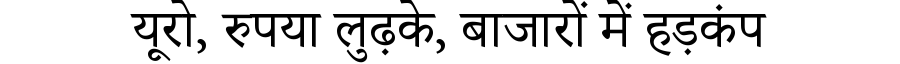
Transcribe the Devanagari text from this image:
यूरो, रुपया लुढ़के, बाजारों में हड़कंप